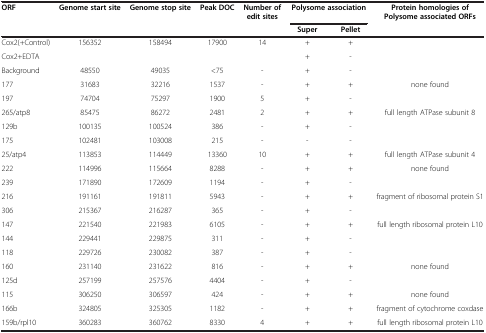
| ORF | Genome start site | Genome stop site | Peak DOC | Number of edit sites | <COLSPAN=2> Polysome association | Protein homologies of Polysome associated ORFs |
 |  |  |  |  |  | Super | Pellet |  |
 | --- | --- | --- | --- | --- | --- | --- | --- |
 | Cox2(+Control) | 156352 | 158494 | 17900 | 14 | + | + |  |
 | Cox2+EDTA |  |  |  |  | + | - |  |
 | Background | 48550 | 49035 | <75 | - | + | - |  |
 | 177 | 31683 | 32216 | 1537 | - | + | + | none found |
 | 197 | 74704 | 75297 | 1900 | 5 | + | - |  |
 | 265/atp8 | 85475 | 86272 | 2481 | 2 | + | + | full length ATPase subunit 8 |
 | 129b | 100135 | 100524 | 386 | - | + | - |  |
 | 175 | 102481 | 103008 | 215 | - | - | - |  |
 | 25/atp4 | 113853 | 114449 | 13360 | 10 | + | + | full length ATPase subunit 4 |
 | 222 | 114996 | 115664 | 8288 | - | + | + | none found |
 | 239 | 171890 | 172609 | 1194 | - | + | - |  |
 | 216 | 191161 | 191811 | 5943 | - | + | + | fragment of ribosomal protein S1 |
 | 306 | 215367 | 216287 | 365 | - | + | - |  |
 | 147 | 221540 | 221983 | 6105 | - | + | + | full length ribosomal protein L10 |
 | 144 | 229441 | 229875 | 311 | - | + | - |  |
 | 118 | 229726 | 230082 | 387 | - | + | - |  |
 | 160 | 231140 | 231622 | 816 | - | + | + | none found |
 | 125d | 257199 | 257576 | 4404 | - | + | - |  |
 | 115 | 306250 | 306597 | 424 | - | + | + | none found |
 | 166b | 324805 | 325305 | 1182 | - | + | + | fragment of cytochrome coxdase |
 | 159b/rpl10 | 360283 | 360762 | 8330 | 4 | + | + | full length ribosomal protein L10 |